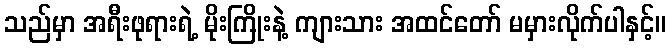
သည်မှာ အရီးဖုရားရဲ့ မိုးကြိုးနဲ့ ကျားသား အထင်တော် မမှားလိုက်ပါနှင့်။